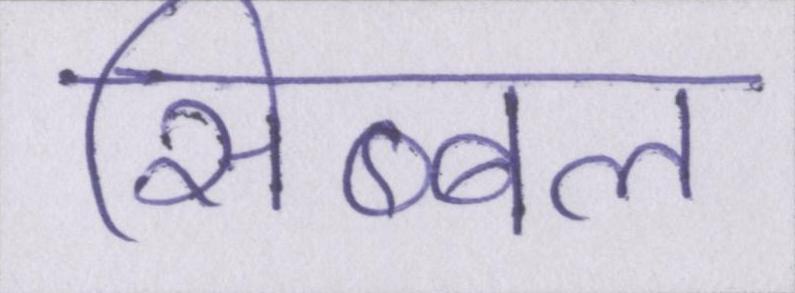
सिब्बल